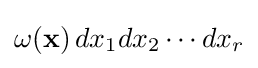
\omega (\mathbf {x} )\,dx_{1}dx_{2}\cdots dx_{r}